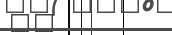
٤٩